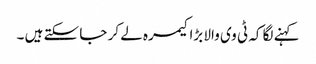
کہنے لگا کہ ٹی وی والا بڑا کیمرہ لے کر جا سکتے ہیں ۔